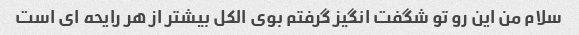
سلام من این رو تو شگفت انگیز گرفتم بوی الکل بیشتر از هر رایحه ای است